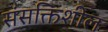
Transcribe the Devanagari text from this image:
संसक्तिशील